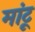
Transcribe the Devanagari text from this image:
मांटू